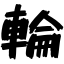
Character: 輪